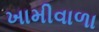
ખામીવાળા